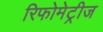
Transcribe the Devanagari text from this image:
रिफोमेट्रीज